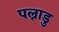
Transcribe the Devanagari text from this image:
पल्नाडु